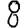
Digit: 8